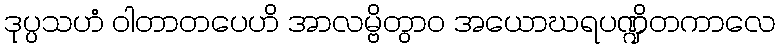
ဒုပ္ပသဟံ ဝါတာတပေဟိ အာလမ္ဗိတွာဝ အယောဃရပဏ္ဍိတကာလေ